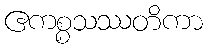
ဧကစ္စသဿတိကာ